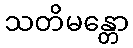
သတိမန္တော